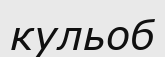
кульоб